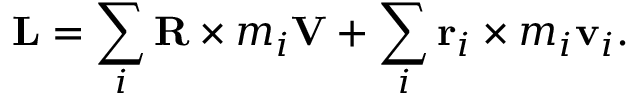
\mathbf { L } = \sum _ { i } \mathbf { R } \times m _ { i } \mathbf { V } + \sum _ { i } \mathbf { r } _ { i } \times m _ { i } \mathbf { v } _ { i } .